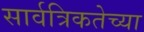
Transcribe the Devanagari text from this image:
सार्वत्रिकतेच्या